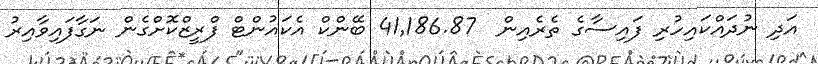
އަދި ނުދައްކައިހުރި ފައިސާގެ ތެރެއިން  41